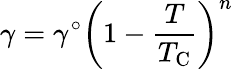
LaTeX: \gamma=\gamma^{\circ}\left(1-{\frac{T}{T_{\mathrm{C}}}}\right)^{n}